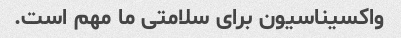
واکسیناسیون برای سلامتی ما مهم است.